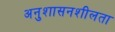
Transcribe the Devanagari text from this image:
अनुशासनशीलता